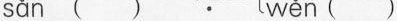
sǎn ( ) wěn ( )